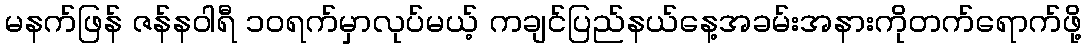
မနက်ဖြန် ဇန်နဝါရီ ၁၀ရက်မှာလုပ်မယ့် ကချင်ပြည်နယ်နေ့အခမ်းအနားကိုတက်ရောက်ဖို့